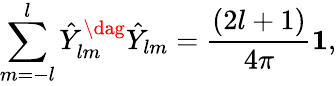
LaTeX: \sum_{m=-l}^{l}\hat{Y}_{lm}^{\dag}\hat{Y}_{lm}={\frac{(2l+1)}{4\pi}}{\mathbf 1},